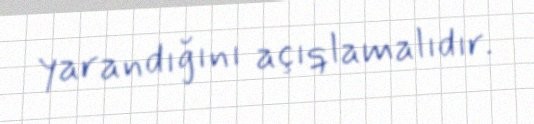
yarandığını açıqlamalıdır.